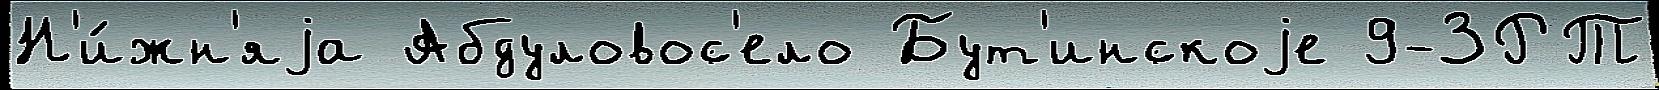
Н'и́жн'яjа Абдуловос'ело Бут'инскоjе 9-ЗРТ